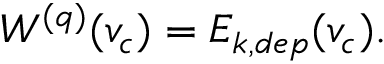
W ^ { ( q ) } ( v _ { c } ) = E _ { k , d e p } ( v _ { c } ) .